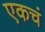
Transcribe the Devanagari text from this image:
एकचं